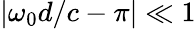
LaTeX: |\omega_{0}d/c-\pi|\ll 1